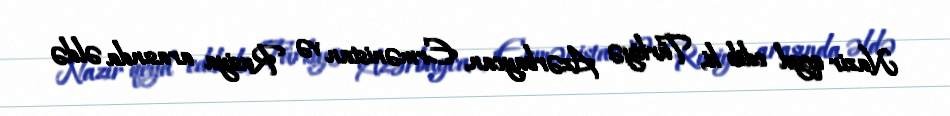
Nazir qeyd edib ki, Türkiyə Azərbaycan, Ermənistan və Rusiya arasında əldə